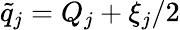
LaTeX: \tilde{q}_{j}=Q_{j}+\xi_{j}/2